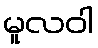
မူလဝါ